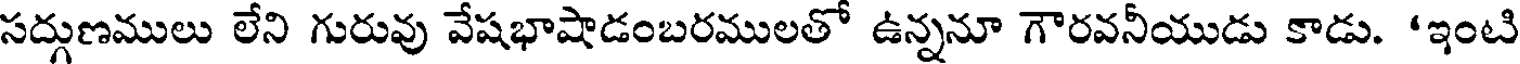
సద్గుణములు లేని గురువు వేషభాషాడంబరములతో ఉన్ననూ గౌరవనీయుడు కాడు. 'ఇంటి